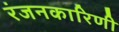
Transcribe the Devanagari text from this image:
रंजनकारिणी